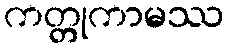
ကတ္တုကာမဿ